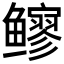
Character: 𫚬